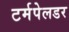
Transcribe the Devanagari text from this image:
टर्मपेलडर